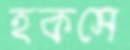
হকসে